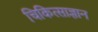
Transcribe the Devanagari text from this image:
चिकित्साज्ञान